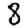
Digit: 8